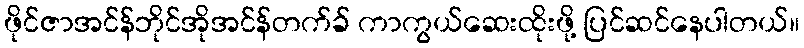
ဖိုင်ဇာအင်န်ဘိုင်အိုအင်န်တက်ခ် ကာကွယ်ဆေးထိုးဖို့ ပြင်ဆင်နေပါတယ်။